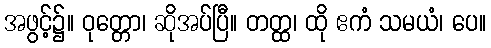
အဖွင့်၌။ ဝုတ္တော၊ ဆိုအပ်ပြီ။ တတ္ထ၊ ထို ဧကံ သမယံ၊ ပေ။